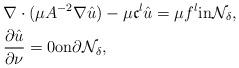
LaTeX: \begin{align*}\begin{aligned}& \nabla \cdot (\mu A^{-2} \nabla \hat{u}) - \mu \mathfrak{c}^l \hat{u} = \mu f^l \textnormal{in} \mathcal{N}_\delta,\\& \frac{\partial \hat{u}}{\partial \nu} = 0\textnormal{on} \partial\mathcal{N}_\delta,\end{aligned}\end{align*}